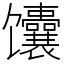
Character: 馕